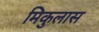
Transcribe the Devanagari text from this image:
मिकुलास